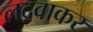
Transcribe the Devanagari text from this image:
लदवाकर